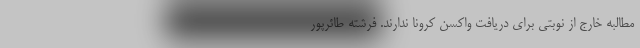
مطالبه خارج از نوبتی برای دریافت واکسن کرونا ندارند. فرشته طائرپور